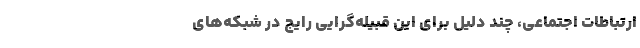
ارتباطات اجتماعی، چند دلیل برای این قبیله‌گرایی رایج در شبکه‌های